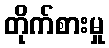
တိုက်စားမှု